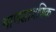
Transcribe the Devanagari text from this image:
माणसागणिक